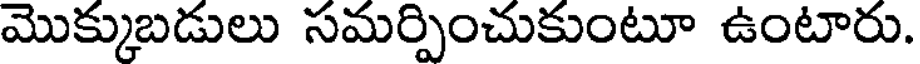
మొక్కుబడులు సమర్పించుకుంటూ ఉంటారు.